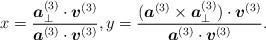
LaTeX: \begin{align*}x=\frac{\boldsymbol{a}_\perp^{(3)}\cdot\boldsymbol{v}^{(3)}}{\boldsymbol{a}^{(3)}\cdot\boldsymbol{v}^{(3)}},y=\frac{(\boldsymbol{a}^{(3)}\times\boldsymbol{a}_\perp^{(3)})\cdot\boldsymbol{v}^{(3)}}{\boldsymbol{a}^{(3)}\cdot\boldsymbol{v}^{(3)}}.\end{align*}